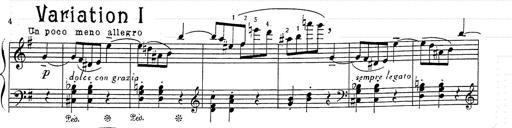
Title: 6 Polish Songs
Composer: Franz Liszt